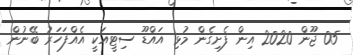
05 ޖޫން 2020 އިން ފެށިގެން މުޅި އައްޑޫ ސިޓީއަކީ އެއްފަހަރު ބޭނުން